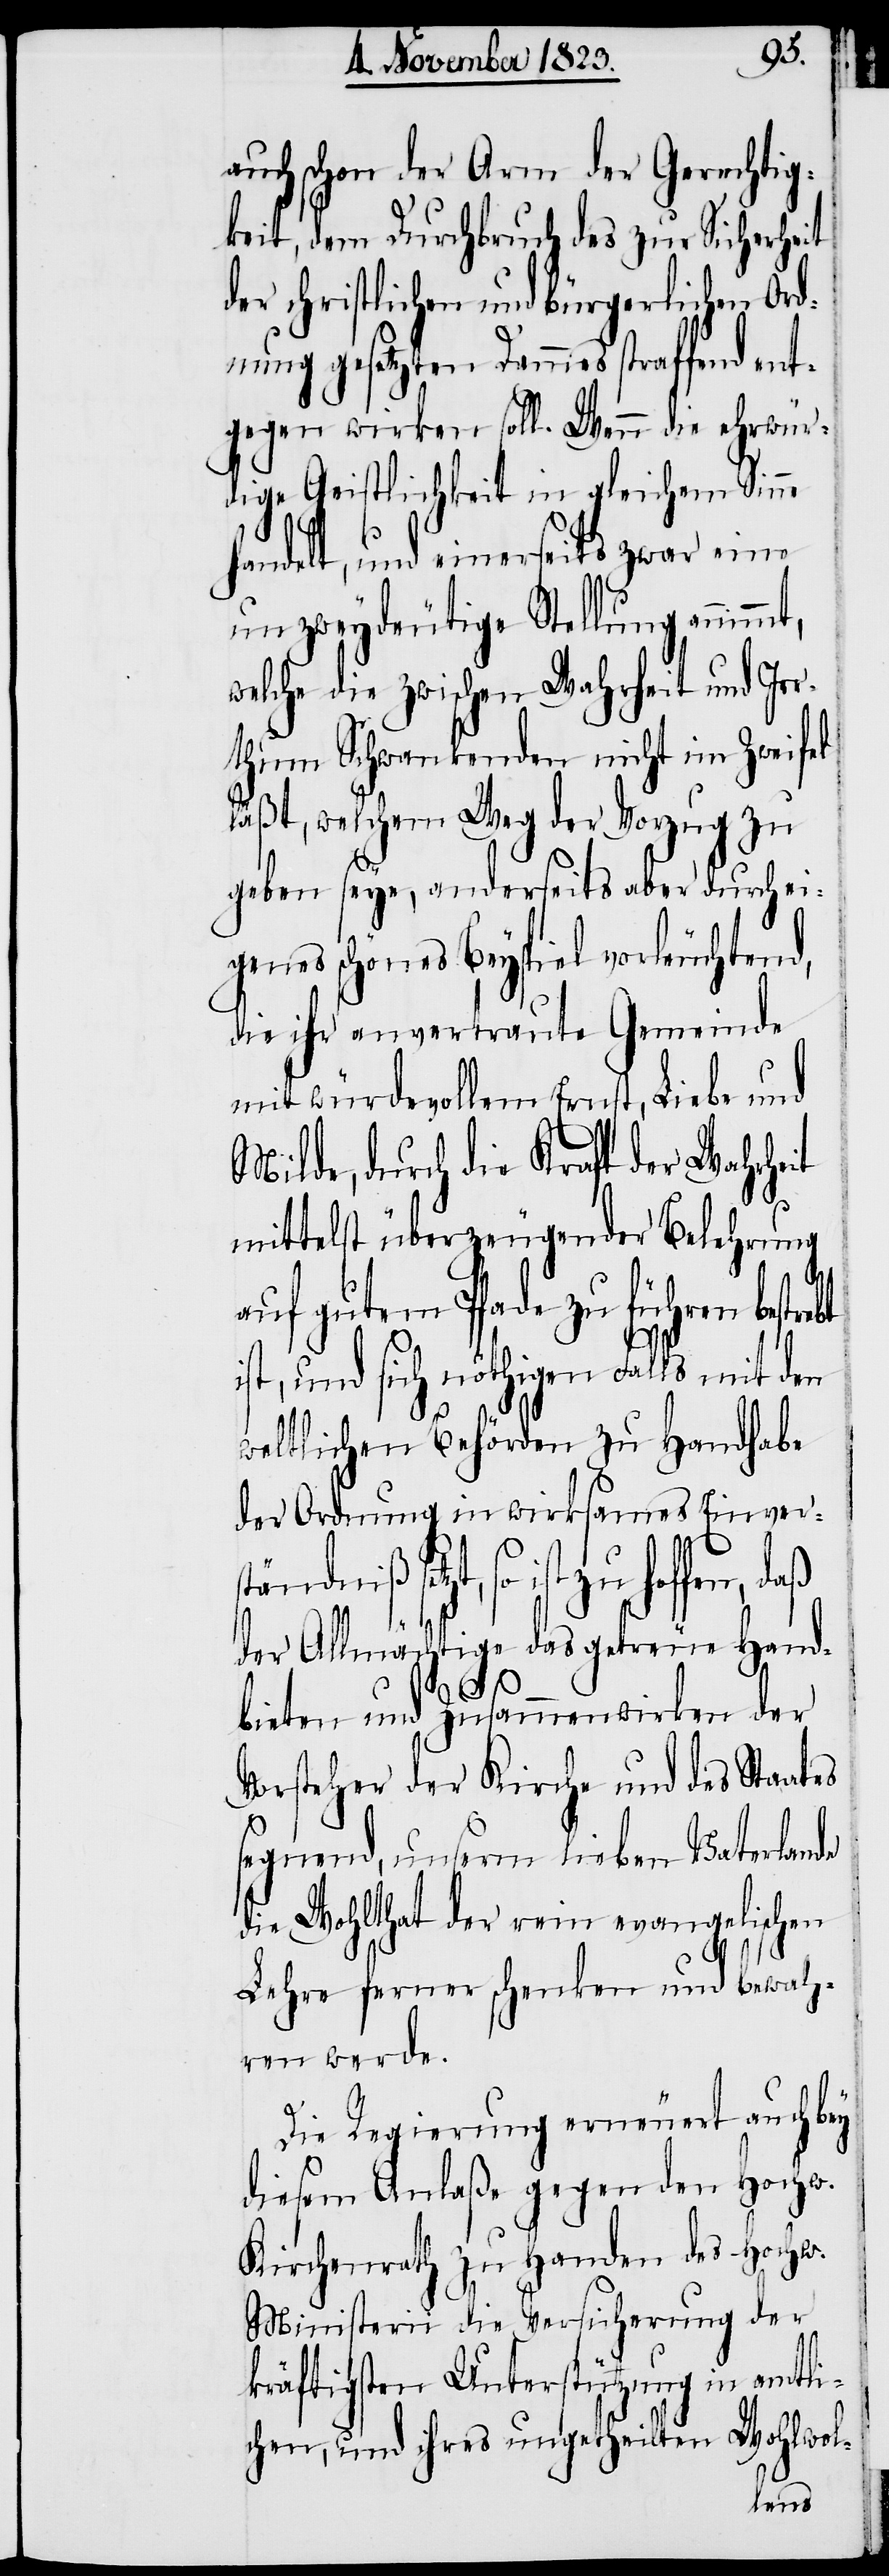
auch schon der Arm der Gerechtig¬
keit, dem Durchbruch des zur Sicherheit
der christlichen und bürgerlichen Ord¬
nung gesetzten Dammes straffend ent¬
gegen wirken soll. Wenn die ehrwür¬
dige Geistlichkeit in gleichem Sinne
handelt, und einerseits zwar eine
unzweydeutige Stellung annimm¬
welche die zwischen Wahrheit und Ir¬
rthum Schwankenden nicht im Zweifel
läßt, welchem Weg der Vorzug zu
geben seye, anderseits aber durch ei¬
genes schönes Beyspiel vorleuchtend,
die ihr anvertraute Gemeinde
mit würdevollem Ernst, Liebe und
Milde, durch die Kraft der Wahrheit
mittelst überzeugender Belehrung
auf gutem Pfade zu führen bestre¬
ist, und sich nöthigen Falls mit den
bt
weltlichen Behörden zu Handhabe
der Ordnung in wirksames Einvers¬
ist zu hoffen, daß
der Allmächtige das getreue Hand¬
bieten und Zusammenwirken der
Vorsteher der Kirche und des Staates
segnend, unserm lieben Vaterlande
die Wohlthat der rein evangelischen
Lehre ferner schenken und bewah¬
ren werde.
Die Regierung erneuert auch bey
diesem Anlaße gegen den Hochw.
Kirchenrath zu Handen des Hochw.
Ministerii die Versicherung der
kräftigsten Unterstützung in amtli¬
chen, und ihres ungetheilten Wohlwol-